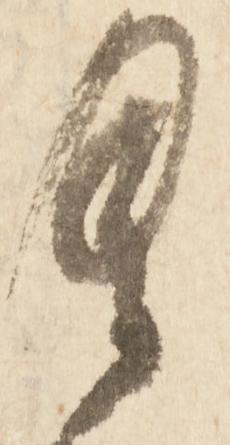
具